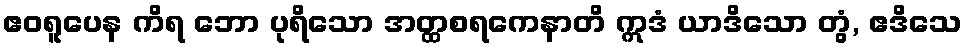
ဧဝရူပေန ကိရ ဘော ပုရိသော အတ္ထစရကေနာတိ ဣဒံ ယာဒိသော တွံ, ဧဒိသေ